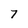
Character: 7